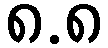
၈.၈